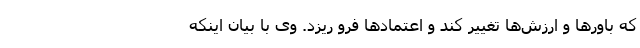
که باورها و ارزش‌ها تغییر کند و اعتمادها فرو ریزد. وی با بیان اینکه